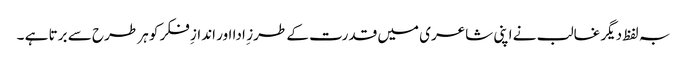
بہ لفظ دیگر غالب نے اپنی شاعری میں قدرت کے طرز ِ ادا اور اندازِ فکر کو ہر طرح سے برتا ہے ۔